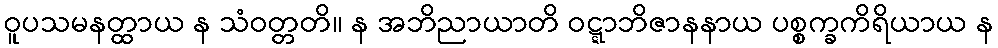
ဝူပသမနတ္ထာယ န သံဝတ္တတိ။ န အဘိညာယာတိ ဝဋ္ဋာဘိဇာနနာယ ပစ္စက္ခကိရိယာယ န